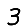
Digit: 3